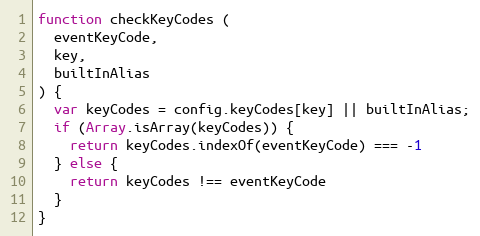
Language: JavaScript
function checkKeyCodes (
  eventKeyCode,
  key,
  builtInAlias
) {
  var keyCodes = config.keyCodes[key] || builtInAlias;
  if (Array.isArray(keyCodes)) {
    return keyCodes.indexOf(eventKeyCode) === -1
  } else {
    return keyCodes !== eventKeyCode
  }
}